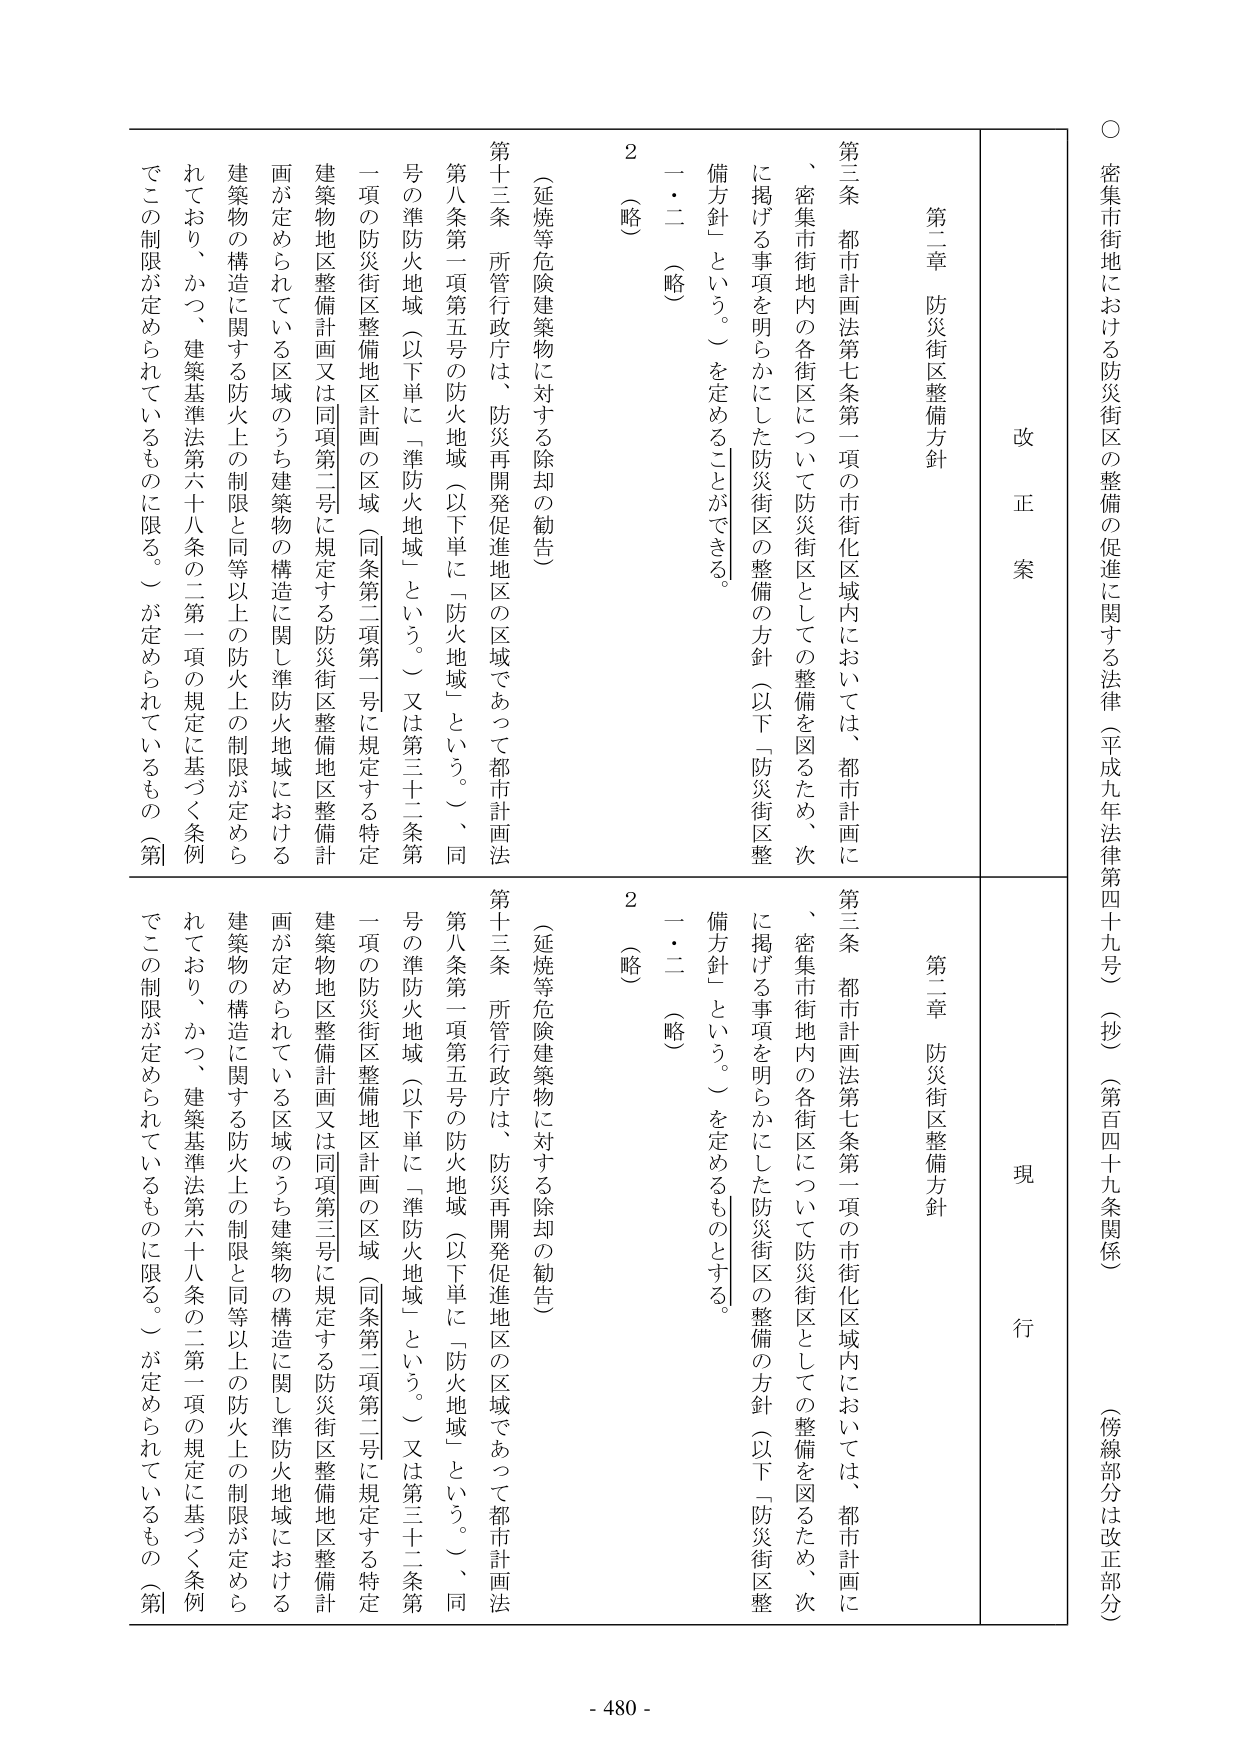
○ 密集市街地における防災街区の整備の促進に関する法律（平成九年法律第四十九号）（抄）（第百四十九条関係）（傍線部分は改正部分）

改正案

第二章 防災街区整備方針

第三条 都市計画法第七条第一項の市街化区域内においては、都市計画に、密集市街地内の各街区について防災街区としての整備を図るため、次に掲げる事項を明らかにした防災街区の整備の方針（以下「防災街区整備方針」という。）を定めることができる。

一・二 （略）

2 （略）

（延焼等危険建築物に対する除却の勧告）

第十三条 所管行政庁は、防災再開発促進地区の区域であって都市計画法第八条第一項第五号の防火地域（以下単に「防火地域」という。）、同号の準防火地域（以下単に「準防火地域」という。）又は第三十二条第一項の防災街区整備地区計画の区域（同条第二項第一号に規定する特定建築物地区整備計画又は同項第二号に規定する防災街区整備地区整備計画が定められている区域のうち建築物の構造に関し準防火地域における建築物の構造に関する防火上の制限と同等以上の防火上の制限が定められており、かつ、建築基準法第六十八条の二第一項の規定に基づく条例でこの制限が定められているものに限る。）が定められているもの（第

現行

第二章 防災街区整備方針

第三条 都市計画法第七条第一項の市街化区域内においては、都市計画に、密集市街地内の各街区について防災街区としての整備を図るため、次に掲げる事項を明らかにした防災街区の整備の方針（以下「防災街区整備方針」という。）を定めるものとする。

一・二 （略）

2 （略）

（延焼等危険建築物に対する除却の勧告）

第十三条 所管行政庁は、防災再開発促進地区の区域であって都市計画法第八条第一項第五号の防火地域（以下単に「防火地域」という。）、同号の準防火地域（以下単に「準防火地域」という。）又は第三十二条第一項の防災街区整備地区計画の区域（同条第二項第二号に規定する特定建築物地区整備計画又は同項第三号に規定する防災街区整備地区整備計画が定められている区域のうち建築物の構造に関し準防火地域における建築物の構造に関する防火上の制限と同等以上の防火上の制限が定められており、かつ、建築基準法第六十八条の二第一項の規定に基づく条例でこの制限が定められているものに限る。）が定められているもの（第

- 480 -